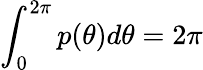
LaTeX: \int_{0}^{2\pi}p(\theta)d\theta=2\pi